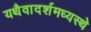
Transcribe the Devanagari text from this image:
यथैवादर्शमध्यस्थे